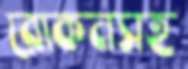
রোকনসহ